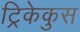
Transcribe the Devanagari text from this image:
ट्रिकेकुस